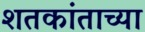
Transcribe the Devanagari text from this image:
शतकांताच्या